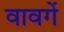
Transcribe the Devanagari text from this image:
वावगें